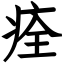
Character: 痊